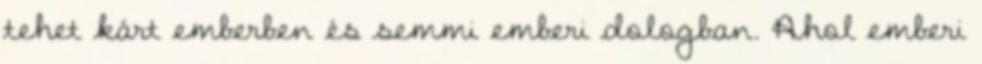
tehet kárt emberben és semmi emberi dologban. Ahol emberi